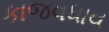
કાજવધાવ